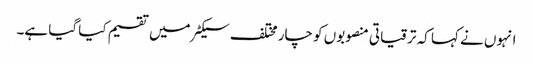
انہوں نے کہا کہ ترقیاتی منصوبوں کو چار مختلف سیکٹر میں تقسیم کیا گیا ہے۔